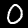
Label: 0